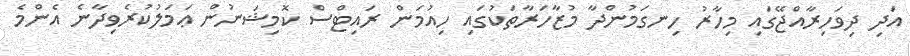
އަދި ދިވަހިރާއްޖޭގައި މިހާރު ހިނގަމުންދާ މުޒާހަރާތަކުގައި ހިއުމަން ރައިޓްސް ކޮމިޝަނުން ޢަމަލުކުރެވިދާނެ އެންމެ